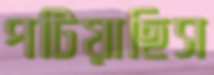
পটিয়াছিস